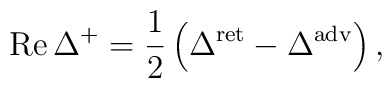
\mathop{\rm Re}\Delta^+=\frac{1}{2}\left( \Delta^{\rm ret}-\Delta^{\rm adv}\right),